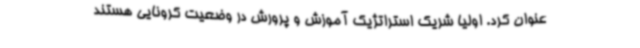
عنوان کرد. اولیا شریک استراتژیک آموزش و پرورش در وضعیت کرونایی هستند